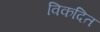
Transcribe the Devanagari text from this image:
विकदित